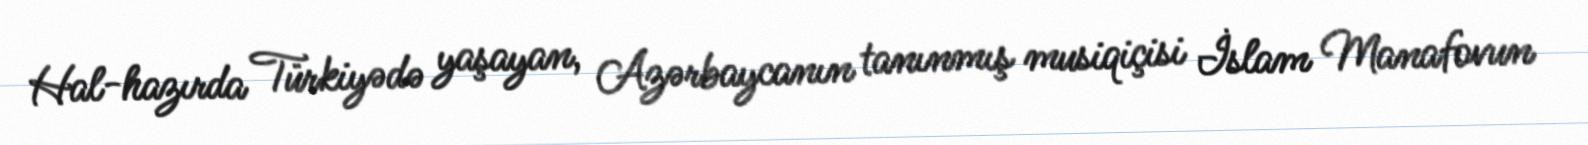
Hal-hazırda Türkiyədə yaşayan, Azərbaycanın tanınmış musiqiçisi İslam Manafovun